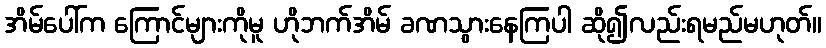
အိမ်ပေါ်က ကြောင်များကိုမူ ဟိုဘက်အိမ် ခဏသွားနေကြပါ ဆို၍လည်းရမည်မဟုတ်။